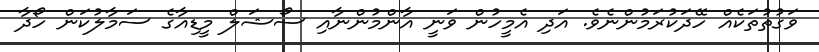
ވަގުތުތަކެއް ހޭދަކުރަމުންނެވެ. އަދި އެމީހުން ވަނީ އާންމުންނާއި ސޯޝަލް މީޑިއާގެ ސަމާލުކަން ހޯދާ